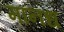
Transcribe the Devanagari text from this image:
मानध